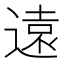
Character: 遠